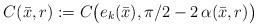
LaTeX: \begin{align*}C(\bar x,r) := C \big( e_k(\bar x), \pi/2 - 2\, \alpha(\bar x,r) \big)\end{align*}